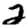
Digit: 2